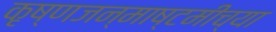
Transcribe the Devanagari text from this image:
कृष्णजन्माष्टमीच्या